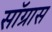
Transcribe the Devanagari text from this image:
सॉग्रास